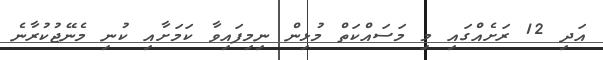
އަދި 12 ރަށެއްގައި މި މަސައްކަތް މުޅިން ނިމިފައިވާ ކަމަށާއި ކުނި މެނޭޖުކުރާނެ